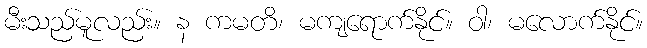
မီးသည်မူလည်း။ န ကမတိ၊ မကျရောက်နိုင်။ ဝါ၊ မလောက်နိုင်။